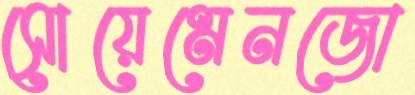
সোয়েমেনজো